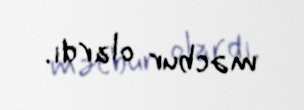
məcbur olardı.